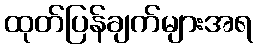
ထုတ်ပြန်ချက်များအရ